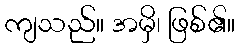
ကျသည်။ အမှိ၊ ဖြစ်၏။